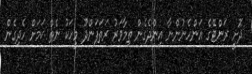
ދޮށީ ރަންޓޭގެ އަންހެނުންނާ އިންދެގެން ތިމާވަރު ރަތަފަންދޫ މީހަކު ނެތް ކަމަށް ހެދިގެން